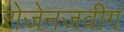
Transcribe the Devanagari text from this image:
रोजेनजवीग